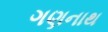
ગણનાથ